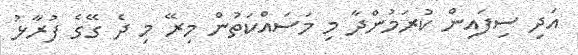
އަދި ސިފައިން ކުރަމުންދާ މި މަސައްކަތުން މިރޭ މި ދެ ގޭގެ ފުރާޅު